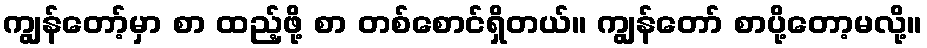
ကျွန်တော့်မှာ စာ ထည့်ဖို့ စာ တစ်စောင်ရှိတယ်။ ကျွန်တော် စာပို့တော့မလို့။